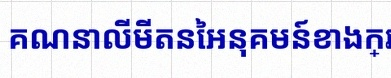
គណនាលីមីតនៃអនុគមន៍ខាងក្រោម